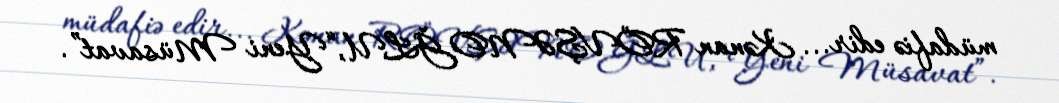
müdafiə edir... Kənan RÖVŞƏNOĞLU,“Yeni Müsavat”.